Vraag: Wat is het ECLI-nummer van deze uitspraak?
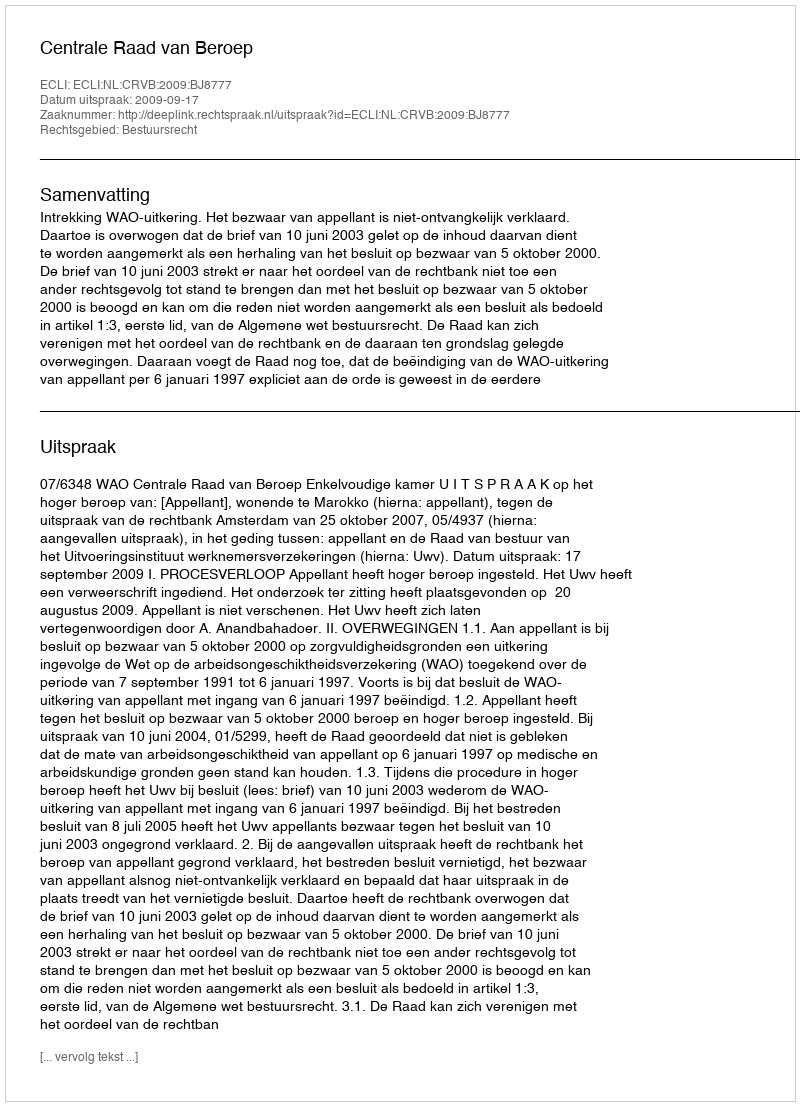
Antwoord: ECLI:NL:CRVB:2009:BJ8777